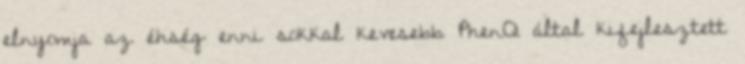
elnyomja az éhség enni sokkal kevesebb PhenQ által kifejlesztett